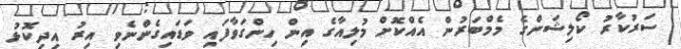
ސަރުކާރު ކޯލިޝަންގެ މެމްބަރުން އެއްކޮށް މުލިއާގެ އިން ހިންގަވާފައި ވަޑައިގެންނެެވި އިރު އިދިކޮޅު